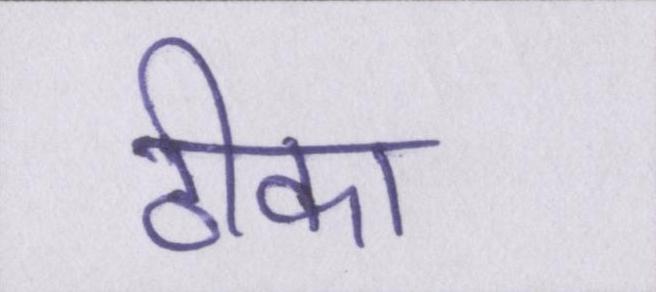
ठीका